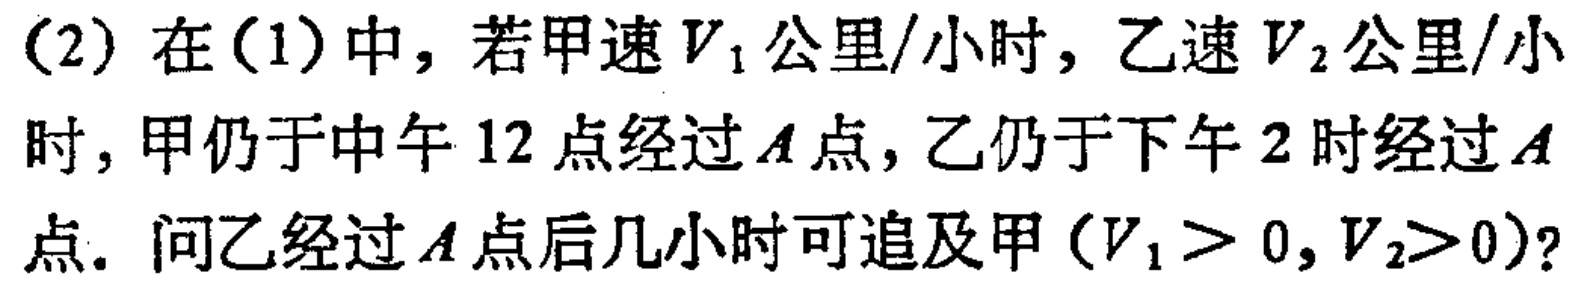
(2) 在(1)中，若甲速$V_{1}$公里/小时，乙速$V_{2}$公里/小时，甲仍于中午$12$点经过$A$点，乙仍于下午$2$时经过$A$点. 问乙经过$A$点后几小时可追及甲（$V_{1}>0,V_{2}>0$）?